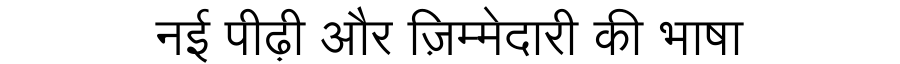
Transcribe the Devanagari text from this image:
नई पीढ़ी और ज़िम्मेदारी की भाषा